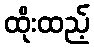
ထိုးထည့်